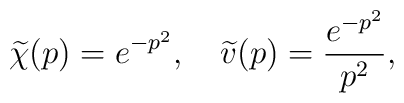
\widetilde{\chi}(p)=e^{-p^2},\quad\widetilde{v}(p)=\frac{e^{-p^2}}{p^2},